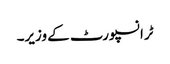
ٹرانسپورٹ کے وزیر۔